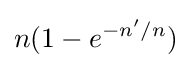
n(1-e^{-n'/n})